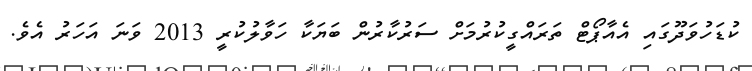
ކުޑަހުވަދޫގައި އެއާޕޯޓް ތަރައްގީކުރުމަށް ސަރުކާރުން ބަޔަކާ ހަވާލުކުރީ 2013 ވަނަ އަހަރު އެވެ.